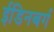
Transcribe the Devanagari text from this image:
ईडिनबर्ग